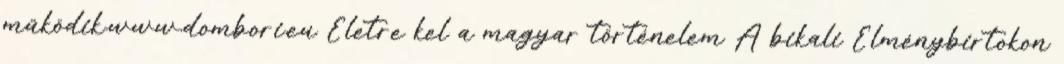
működik.www.dombori.eu Életre kel a magyar történelem A bikali Élménybirtokon